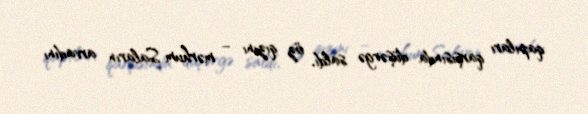
qapıları qarşısında düşərgə saldı, öz qızını – mərhum Saların arvadını